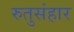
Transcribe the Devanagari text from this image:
रुतुसंहार